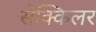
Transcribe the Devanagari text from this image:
सेक्किलर